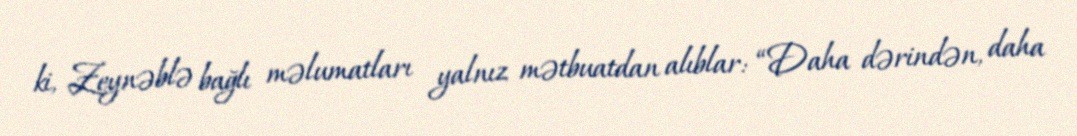
ki, Zeynəblə bağlı məlumatları yalnız mətbuatdan alıblar: “Daha dərindən, daha